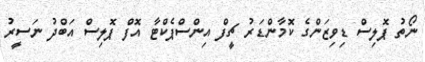
ނޯތު ޕޮލިސް ޑިވިޒަންގެ ކޮމާންޑަރު ޗީފް އިންސްޕެކްޓާ އޮފް ޕޮލިސް އަބްދު ނަސީރު